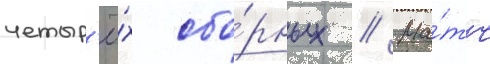
четыр'ё́х сбо́рных // Ма́тч